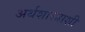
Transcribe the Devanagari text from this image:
अर्थशास्त्राशी